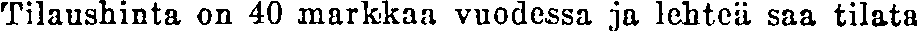
Tilaushinta on 40 markkaa vuodessa ja lehteä saa tilata